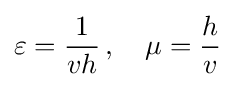
\varepsilon ={\frac {1}{vh}}\,,\quad \mu ={\frac {h}{v}}